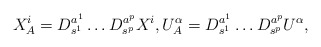
\begin{align*}X^i_A=D^{a^1}_{s^1}\ldots D^{a^p}_{s^p} X^i,U^\alpha_A = D^{a^1}_{s^1}\ldots D^{a^p}_{s^p} U^\alpha,\end{align*}